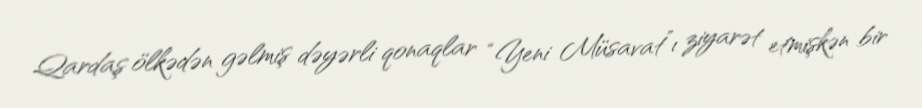
Qardaş ölkədən gəlmiş dəyərli qonaqlar “Yeni Müsavat”ı ziyarət etmişkən bir